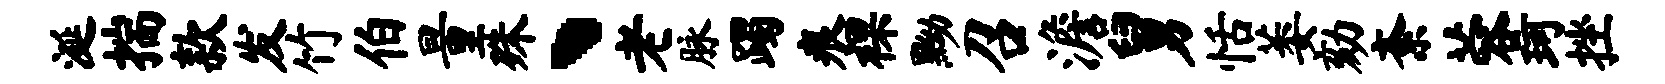
涎揣款发竹伯量殊、老脉躅痕裸黝召澹舅恬萎劾紊蓉珂挫